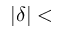
| \delta | <